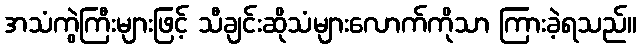
အသံကွဲကြီးများဖြင့် သီချင်းဆိုသံများလောက်ကိုသာ ကြားခဲ့ရသည်။